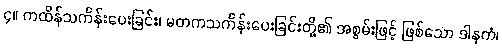
၄။ ကထိန်သင်္ကန်းပေးခြင်း၊ မတကသင်္ကန်းပေးခြင်းတို့၏ အစွမ်းဖြင့် ဖြစ်သော ဒါနကံ၊